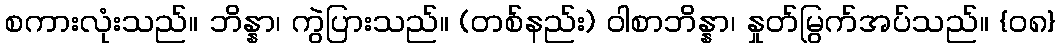
စကားလုံးသည်။ ဘိန္နာ၊ ကွဲပြားသည်။ (တစ်နည်း) ဝါစာဘိန္နာ၊ နှုတ်မြွက်အပ်သည်။ {၀၈}